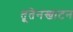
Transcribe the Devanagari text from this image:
तूतेनखाटन